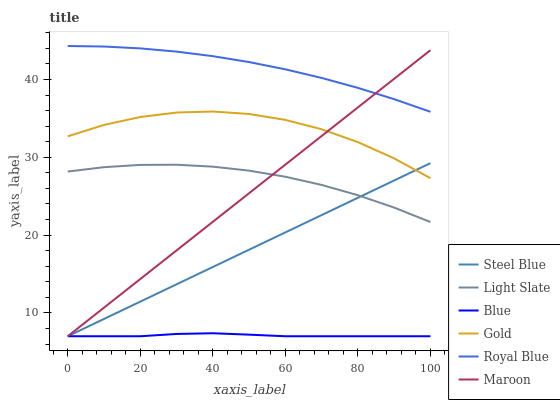
| xaxis_label | Steel Blue | Light Slate | Blue | Gold | Royal Blue | Maroon |
 | --- | --- | --- | --- | --- | --- | --- |
 | 0 | 7 | 28.2 | 7 | 32.7 | 44.3 | 7 |
 | 10 | 9.23 | 28.7 | 7 | 34.2 | 44.2 | 10.7 |
 | 20 | 11.5 | 29 | 7 | 35.2 | 44 | 14.4 |
 | 30 | 13.7 | 29 | 7.29 | 35.8 | 43.6 | 18 |
 | 40 | 15.9 | 28.8 | 7.39 | 35.9 | 43 | 21.7 |
 | 50 | 18.1 | 28.3 | 7.2 | 35.6 | 42.2 | 25.4 |
 | 60 | 20.4 | 27.5 | 7 | 34.8 | 41.3 | 29.1 |
 | 70 | 22.6 | 26.5 | 7 | 33.6 | 40.2 | 32.7 |
 | 80 | 24.8 | 25.1 | 7 | 32 | 38.9 | 36.4 |
 | 90 | 27 | 23.5 | 7 | 29.9 | 37.5 | 40.1 |
 | 100 | 29.3 | 21.7 | 7 | 27.3 | 35.8 | 43.8 |